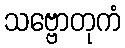
သဗ္ဗောတုကံ